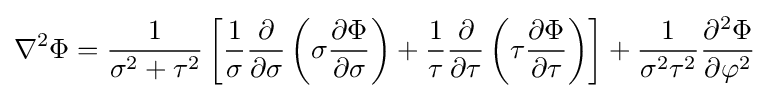
\nabla ^{2}\Phi ={\frac {1}{\sigma ^{2}+\tau ^{2}}}\left[{\frac {1}{\sigma }}{\frac {\partial }{\partial \sigma }}\left(\sigma {\frac {\partial \Phi }{\partial \sigma }}\right)+{\frac {1}{\tau }}{\frac {\partial }{\partial \tau }}\left(\tau {\frac {\partial \Phi }{\partial \tau }}\right)\right]+{\frac {1}{\sigma ^{2}\tau ^{2}}}{\frac {\partial ^{2}\Phi }{\partial \varphi ^{2}}}